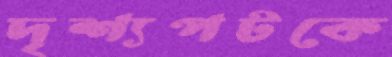
দৃশ্যপটকে